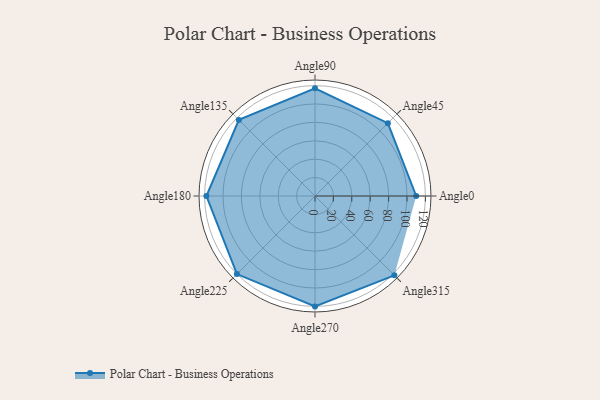
{"axis": {"x": "Angle", "y": "Radius"}, "legend": [""], "data": [{"x": "Angle0", "y": 110.0, "type": ""}, {"x": "Angle45", "y": 112.0, "type": ""}, {"x": "Angle90", "y": 117.0, "type": ""}, {"x": "Angle135", "y": 117.0, "type": ""}, {"x": "Angle180", "y": 118.0, "type": ""}, {"x": "Angle225", "y": 120.0, "type": ""}, {"x": "Angle270", "y": 120.0, "type": ""}, {"x": "Angle315", "y": 122.0, "type": ""}]}